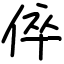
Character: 倅